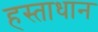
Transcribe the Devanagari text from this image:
हस्ताधान